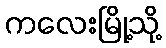
ကလေးမြို့သို့